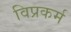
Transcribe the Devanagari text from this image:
विप्रकर्म